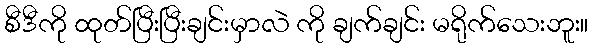
စီဒီကို ထုတ်ပြီးပြီးချင်းမှာလဲ ကို ချက်ချင်း မရိုက်သေးဘူး။